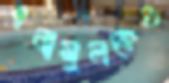
এনামুলকেও